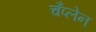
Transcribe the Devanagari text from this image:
चँप्लेन